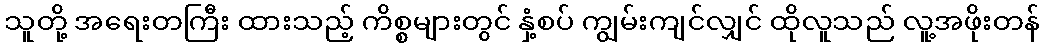
သူတို့ အရေးတကြီး ထားသည့် ကိစ္စများတွင် နှံ့စပ် ကျွမ်းကျင်လျှင် ထိုလူသည် လူ့အဖိုးတန်